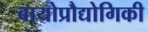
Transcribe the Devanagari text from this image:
बायोप्रौद्योगिकी